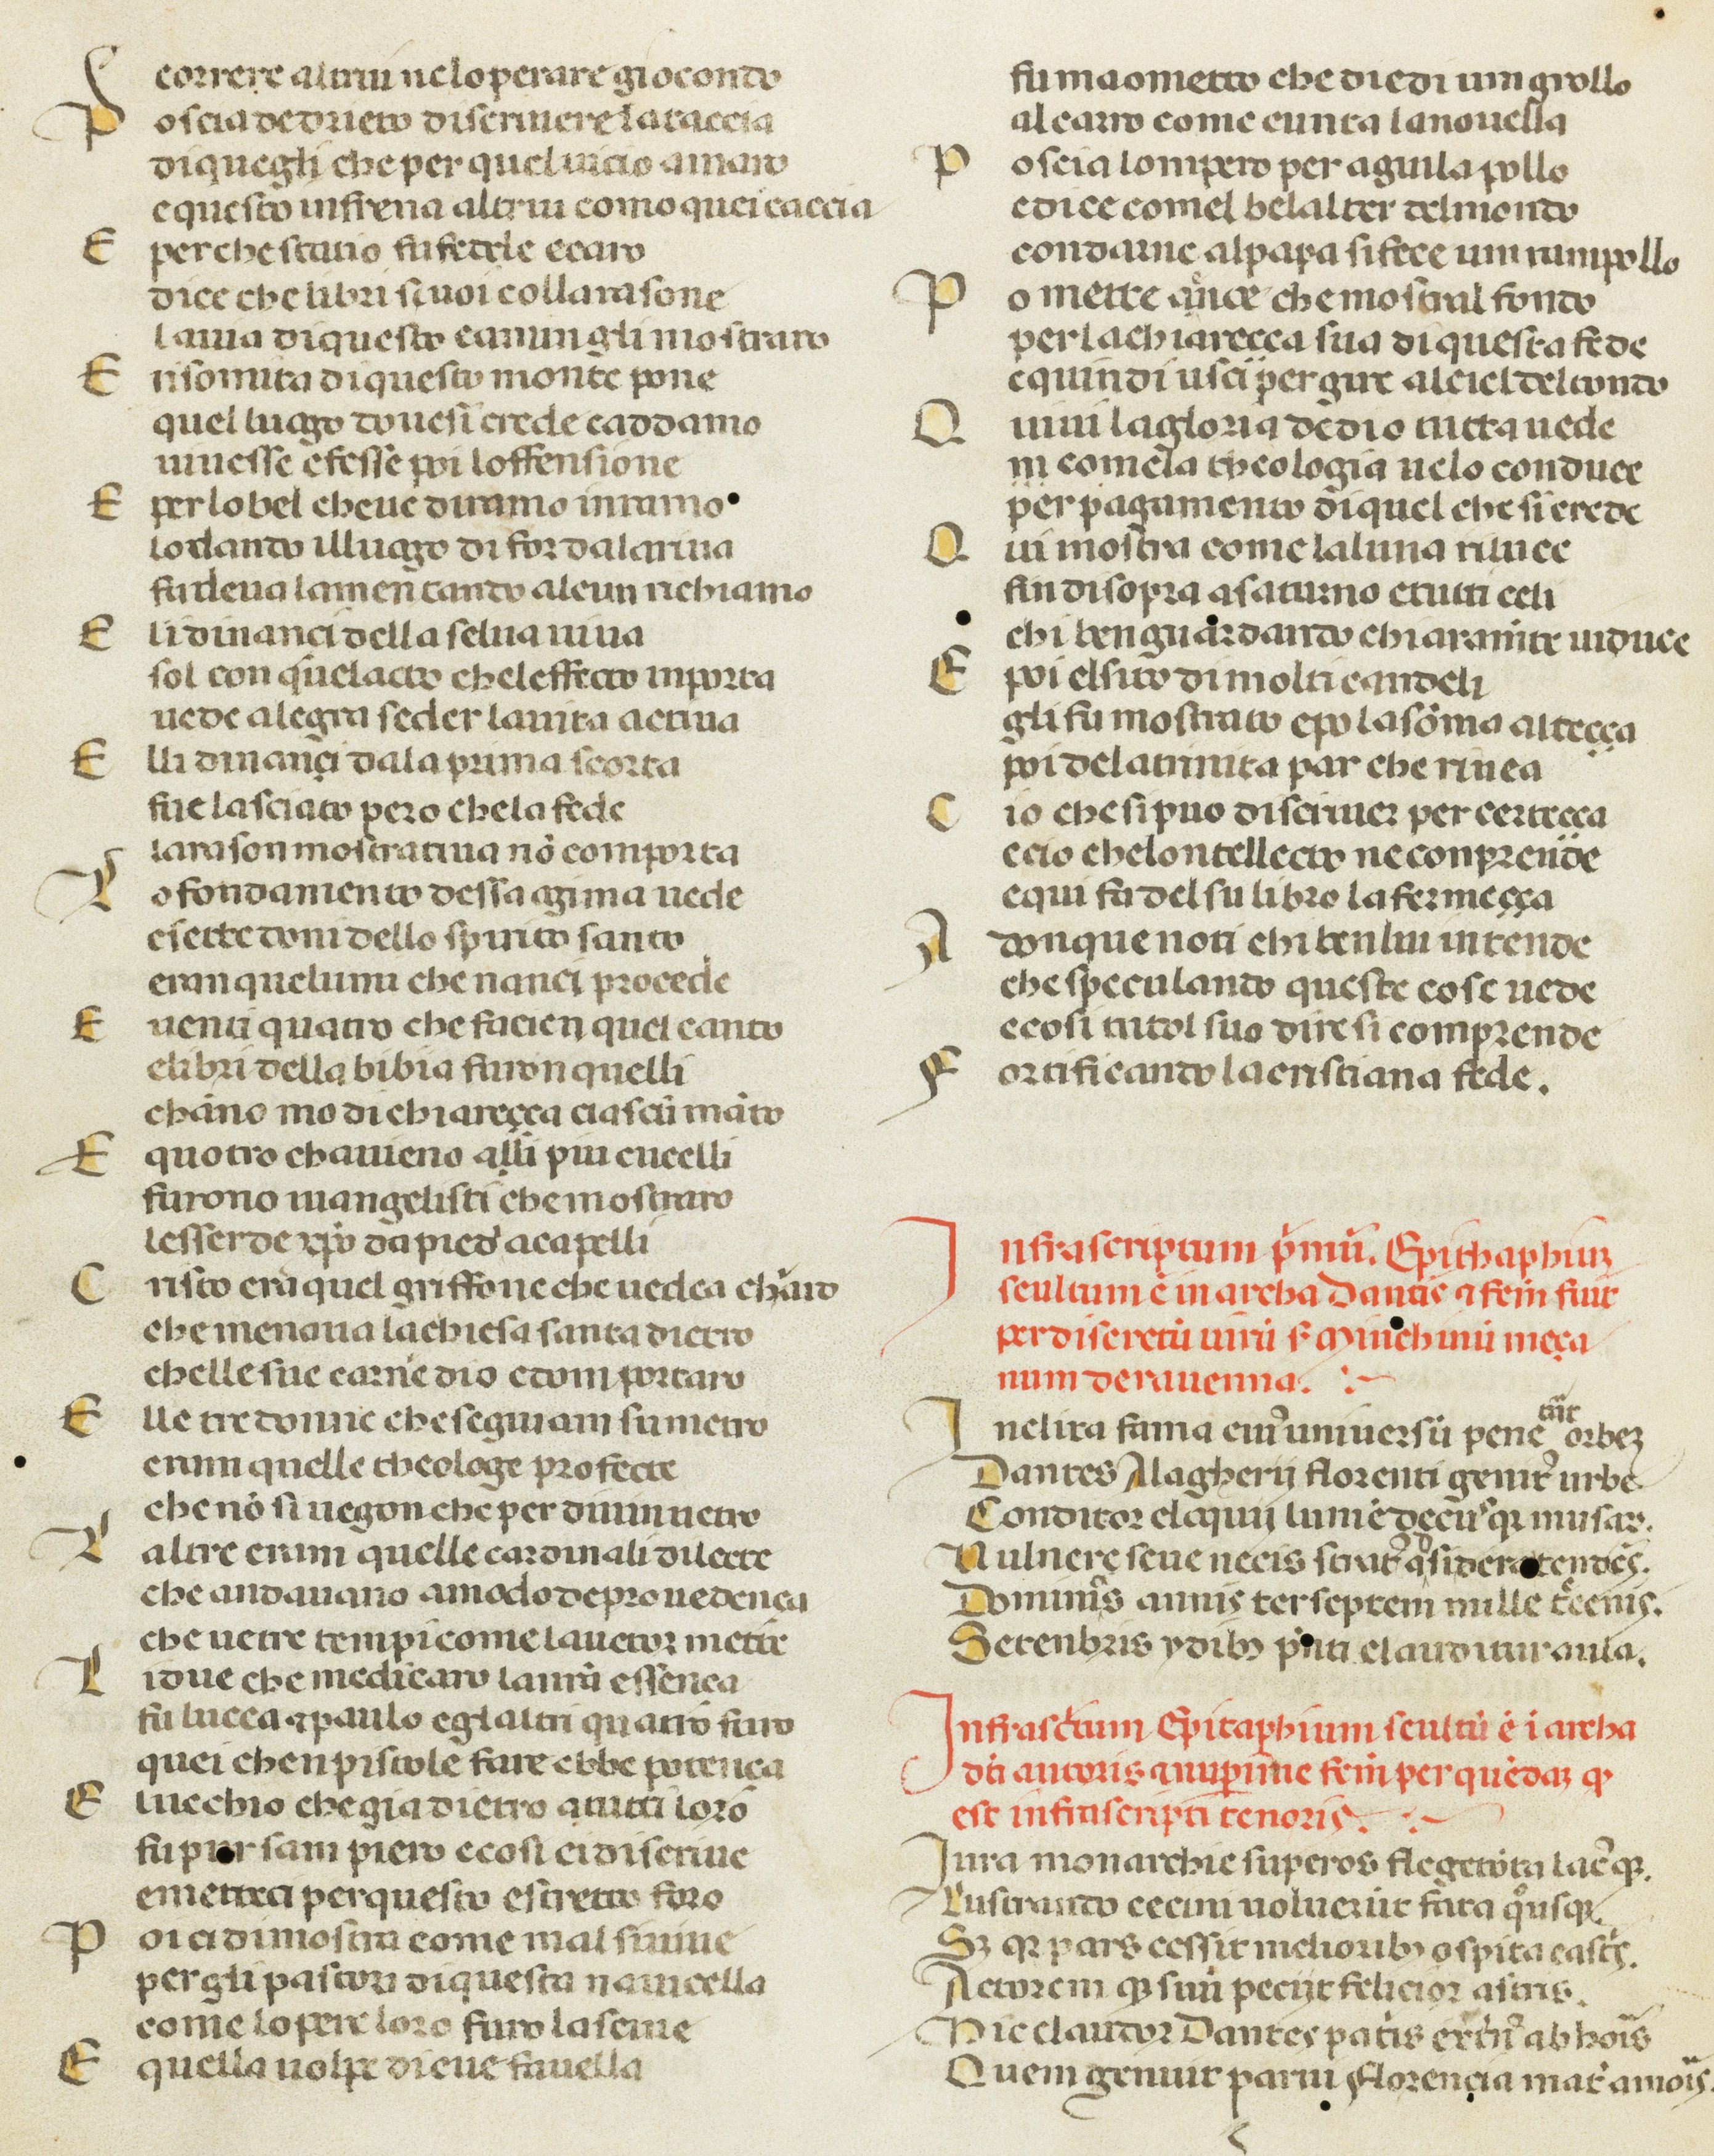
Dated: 1378–1378